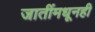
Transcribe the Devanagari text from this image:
जातींमधूनही